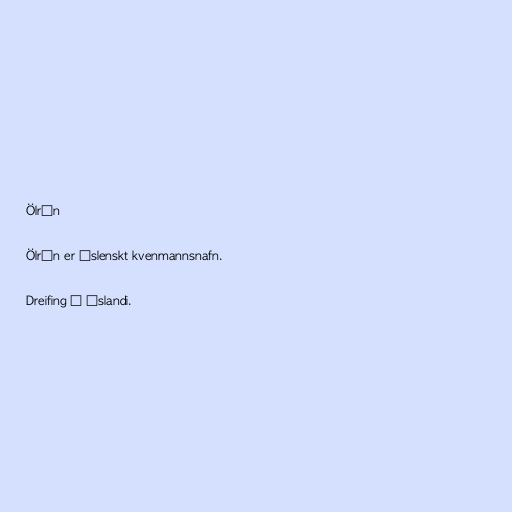
Ölrún

Ölrún er íslenskt kvenmannsnafn.

Dreifing á Íslandi.